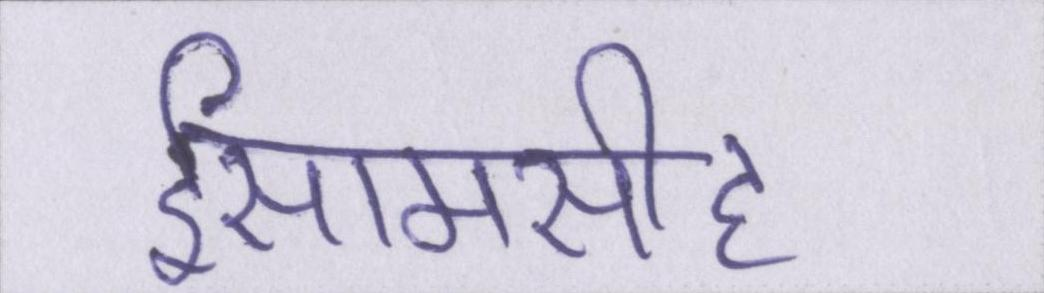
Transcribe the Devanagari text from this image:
ईसामसीह